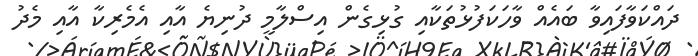
ދައްކަވާފައިވާ ބައެއް ވާހަަކަފުޅުތަކާއި ގުޅިގެން އިސްލާމީ ދުނިޔެ އާއި އެމެރިކާ އާއި މެދު